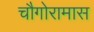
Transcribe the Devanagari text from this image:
चौगोरामास